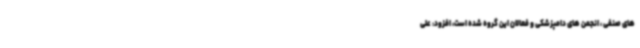
های صنفی ، انجمن های دامپزشکی و فعالان این گروه شده است، افزود: علی